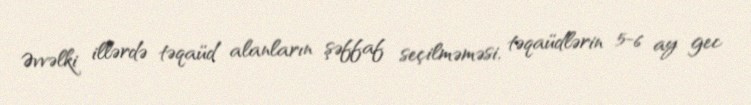
Əvvəlki illərdə təqaüd alanların şəffaf seçilməməsi, təqaüdlərin 5-6 ay gec